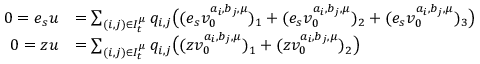
\begin{array} { r l } { 0 = e _ { s } u } & { = \sum _ { ( i , j ) \in I _ { t } ^ { \mu } } q _ { i , j } \big ( ( e _ { s } v _ { 0 } ^ { a _ { i } , b _ { j } , \mu } ) _ { 1 } + ( e _ { s } v _ { 0 } ^ { a _ { i } , b _ { j } , \mu } ) _ { 2 } + ( e _ { s } v _ { 0 } ^ { a _ { i } , b _ { j } , \mu } ) _ { 3 } \big ) } \\ { 0 = z u } & { = \sum _ { ( i , j ) \in I _ { t } ^ { \mu } } q _ { i , j } \big ( ( z v _ { 0 } ^ { a _ { i } , b _ { j } , \mu } ) _ { 1 } + ( z v _ { 0 } ^ { a _ { i } , b _ { j } , \mu } ) _ { 2 } \big ) } \end{array}